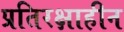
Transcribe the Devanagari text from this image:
प्रतिरक्षाहीन